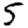
Digit: 5